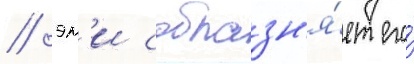
/ эм'и соблазн'я́ет его́